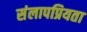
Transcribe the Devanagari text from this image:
संलापप्रियता